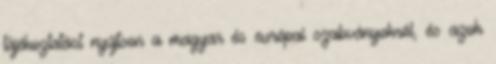
tájékoztatást nyújtson a magyar és európai szabványokról, és azok